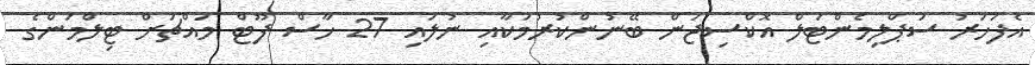
އެފަހަރު ސަޕްލިމެންޓަލް އޮކްސިޖަން ބޭނުންކުރުމަކާއި ނުލައި 27 ހާސް ފޫޓް މައްޗަށް ޓިލްމަންގެ